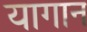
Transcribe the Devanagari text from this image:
यागान